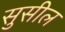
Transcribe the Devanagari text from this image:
सुसील